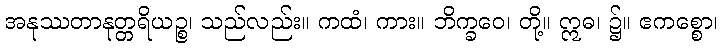
အနုဿတာနုတ္တရိယဉ္စ၊ သည်လည်း။ ကထံ၊ ကား။ ဘိက္ခဝေ၊ တို့။ ဣဓ၊ ၌။ ဧကစ္စော၊